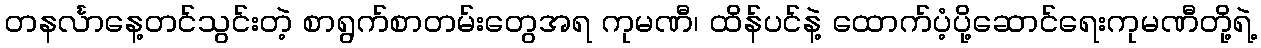
တနင်္လာနေ့တင်သွင်းတဲ့ စာရွက်စာတမ်းတွေအရ ကုမဏီ၊ ထိန်ပင်နဲ့ ထောက်ပံ့ပို့ဆောင်ရေးကုမဏီတို့ရဲ့